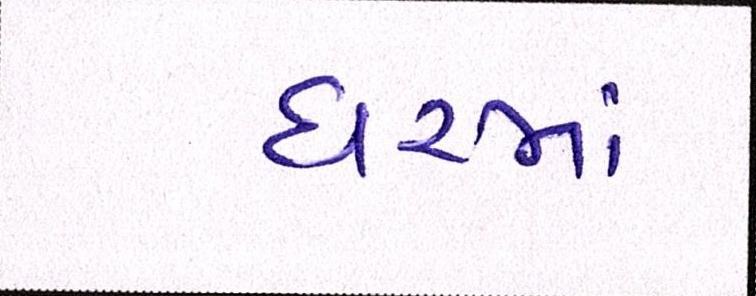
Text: ધરમાં